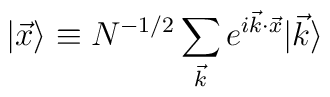
|\vec{x} \rangle \equiv N^{-1/2} \sum_{\vec{k}} e^{i \vec{k} \cdot\vec{x}} |\vec{k} \rangle